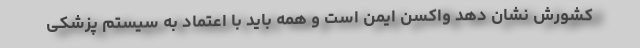
کشورش نشان دهد واکسن ایمن است و همه باید با اعتماد به سیستم پزشکی